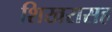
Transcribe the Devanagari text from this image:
शिखरासह